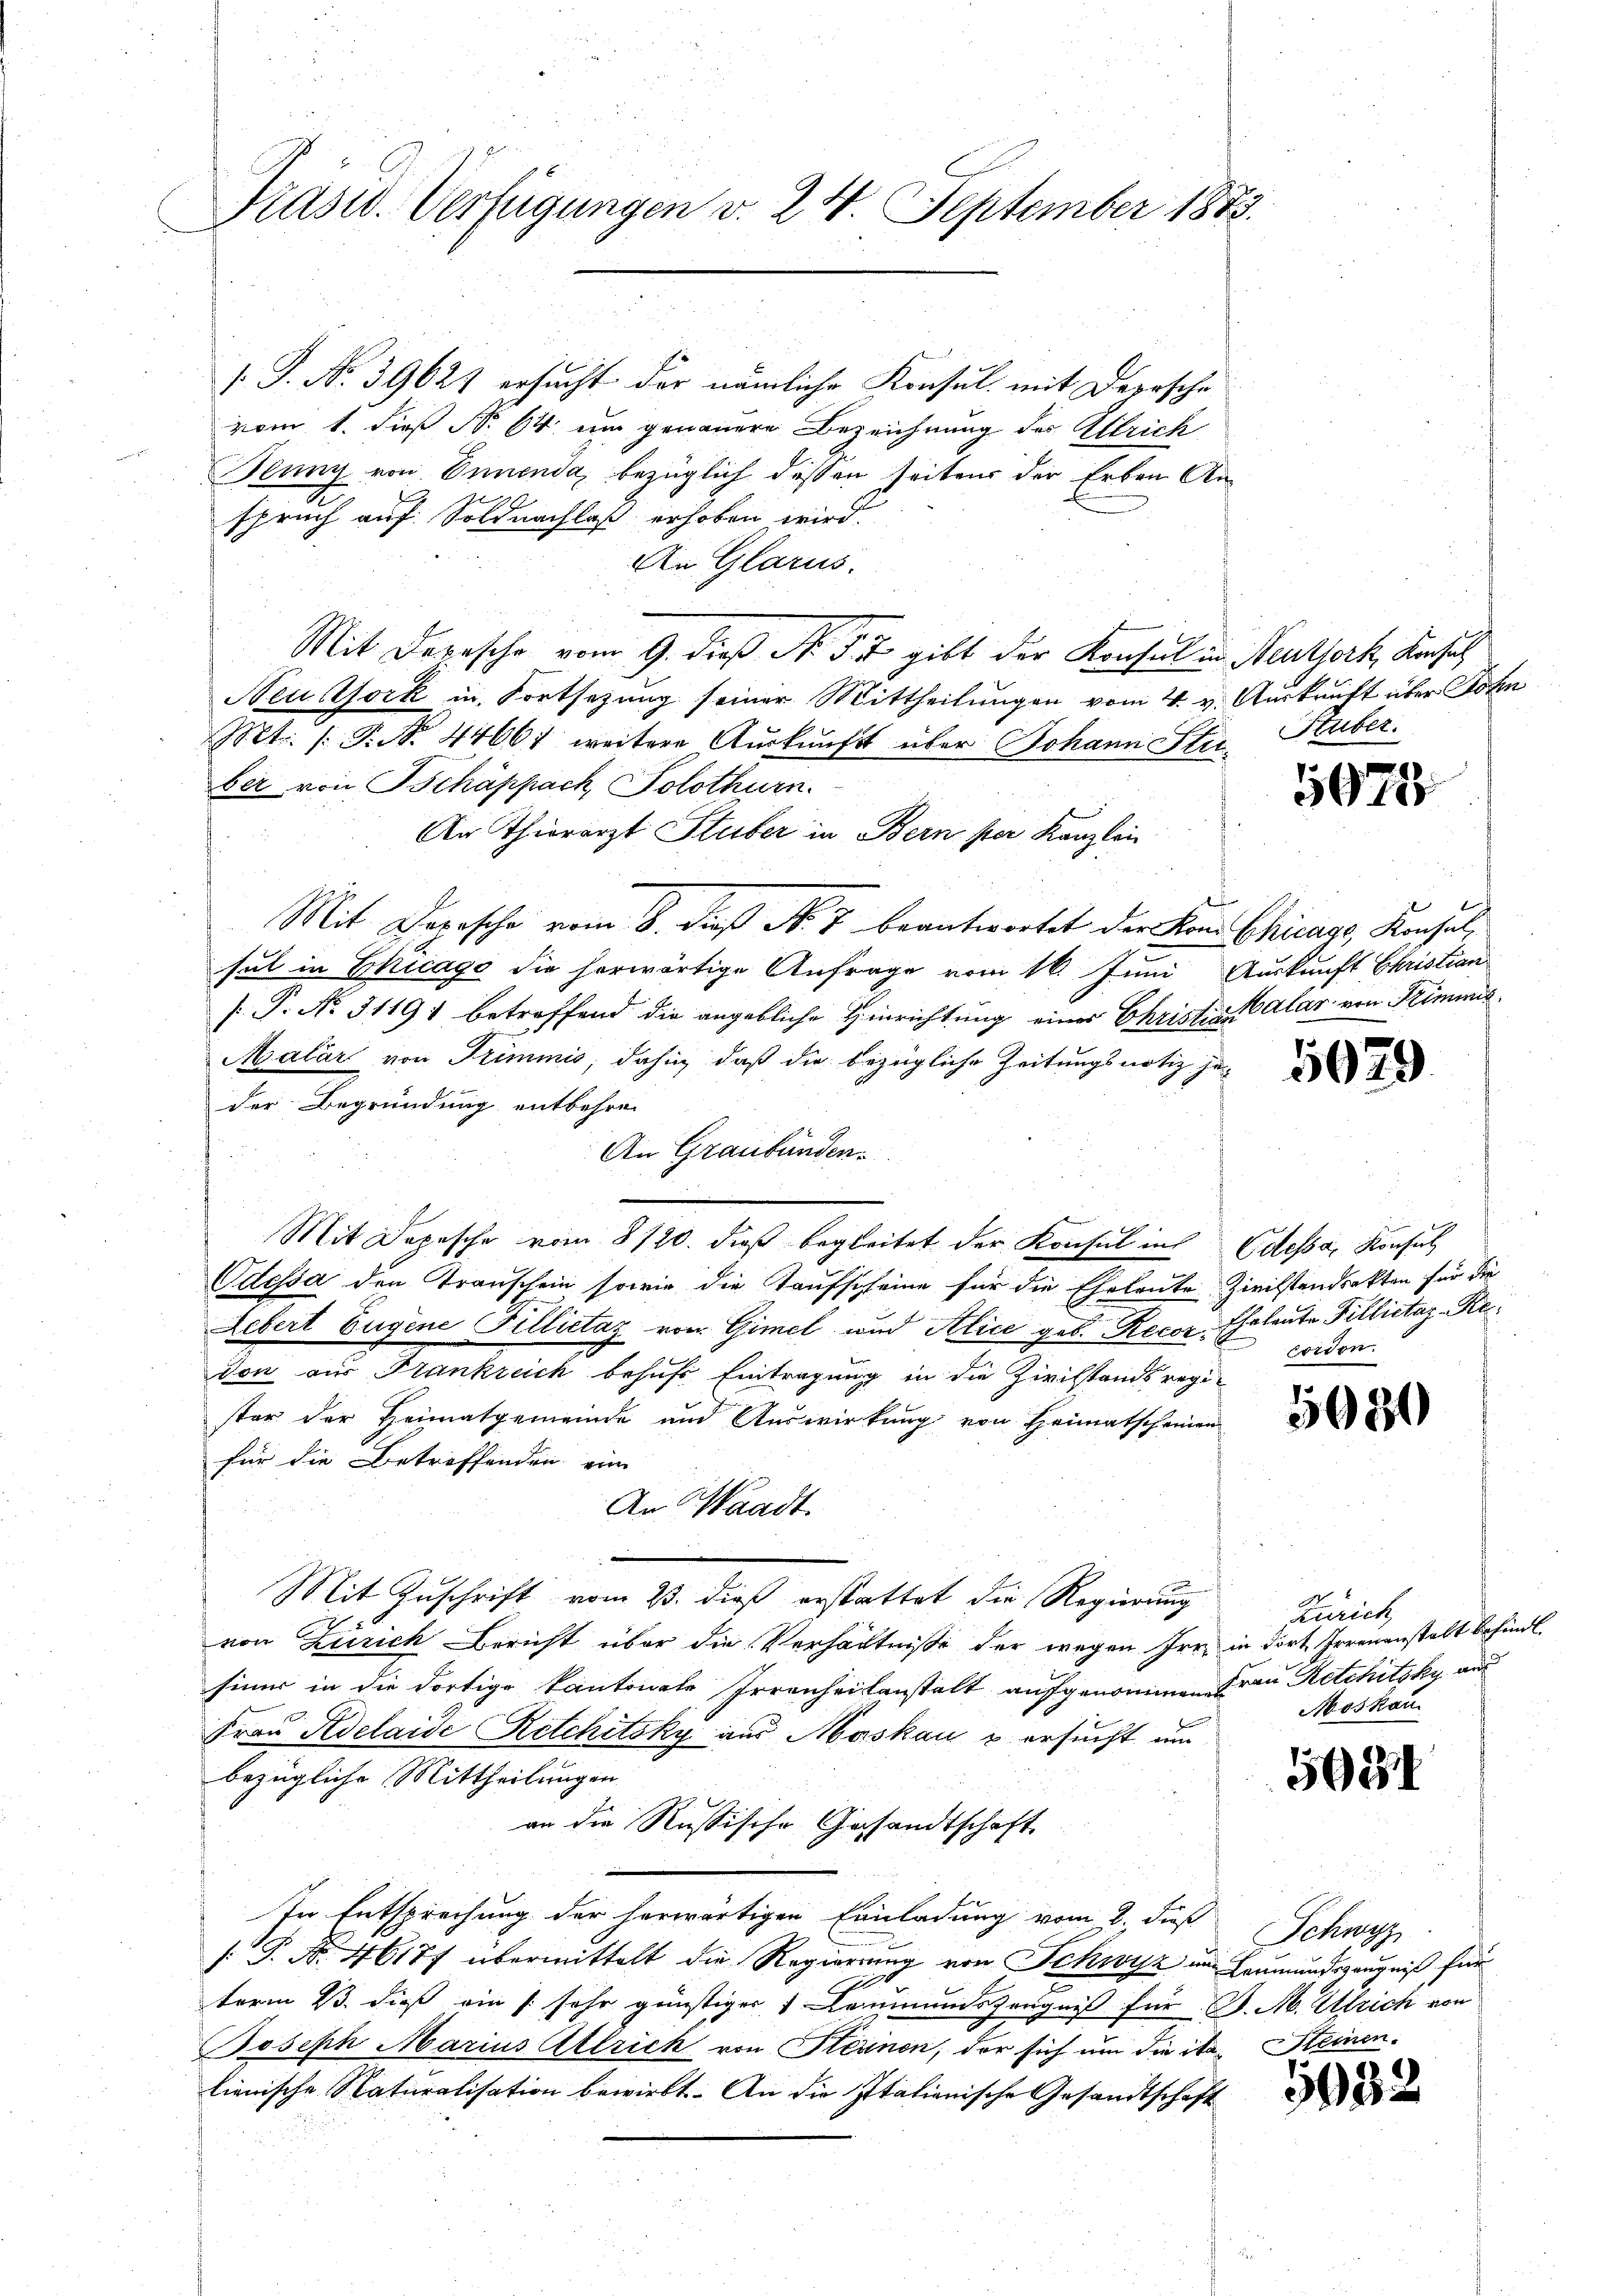
Präsid. Verfügungen v. 24. September 1883.

[.P. No. 39627 ersucht der nämliche Konsul mit Depesche
vom 1. dieß Nr. 64 um genauere Bezeichnung des Attrich
Jeung von Ennenda, bezüglich deßen seitens der Erben Anspruch auf Soldnachlaß erhoben wird.
An Glarus.
Mit Darasche vom 9. dieß Nr. 54 gibt der Konsul in Neuthork, Konsuch
Neuork in Fortsetzung seiner Mittheilungen vom 4. v. Auskraft über Sohn
Mt. P. Nr. 44661 weitere Auskunft über Johann Steiber von Schäppach, Solothurn.
An Thierarzt Stuber in Bern ster Kanzlei
Mit Depesche vom 8. dieß No. 7 beantwortet der Kan Chicare, Konsulsul in Chicago die herwärtige Anfrage vom 16. Juni Auskunft Christian
[ P. No. 3119; betreffend die angebliche Hinrichtung einer Christian Alar von Stimmis¬
Malär von Stimmis, dahin, daß die bezügliche Zeitungs notiz jeder Begründung entbehren
An Graubünden.
Mit Depesche vom 8/20. dieß begleitet der Konsul in Odessa, Konsul
Odessa den Transchein sowie die Taufscheine für die Eheleute Zivilstandekten für die
Lebert Eugene Fillietaz von Gimel und Alice geb. Recor. Eheleute Fillictaz-Redon aus Frankreich behufs Eintragung in die Zivilstandsregister der Heimatgemeinde und Auswirkung von Heimatscheinen
für die Betreffenden eine
An Waadt.
Mit Zuschrift vom 23. dieß erstattet die Regierung
i
von Zürich Bericht über die Verhältnisse der wegen Irr in dort, Irrenanstalt befindt.
siner in die dortige Kantonale Irrenheitanstalt aufgenommen. Ein Ritchitzky aus
2
Frau Adelaide Rechtsky aus Moskau & ersucht um
bezügliche Mittheilungen.
an die Russische Gesandtschaft.
In Entsprechung der herwärtigen Einladung vom 2. dieß
[: P. Nr. 46177 übermittelt die Regierung von Schwyz im Leumundszeugniß für
10
term 2. dieß ein sehr günstiger Leumundszeugniß für J. M. Ulrich von
Joseph Marius Attrick von Kleinen, der sich um die ita- Keinen.
lienische Naturalisation bewirkt. An die Italienische Gesandtschaft

Stuber.

5075

5029

Forden.

5680

Zürich
Moskau

5984

Schwyz

5032